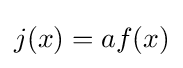
j(x)=af(x)